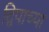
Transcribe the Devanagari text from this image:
द्विपाच्या